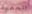
الحمية